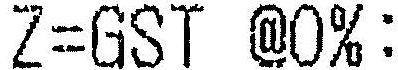
Z=GST @0%: